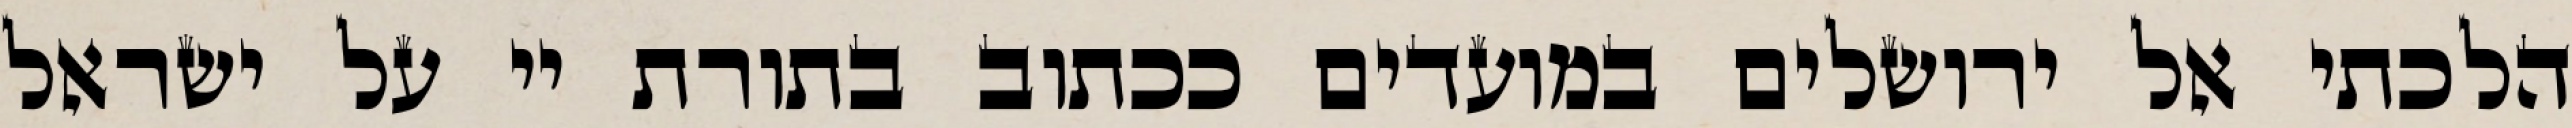
הלכתי אל ירושלים במועדים ככתוב בתורת יי על ישראל